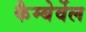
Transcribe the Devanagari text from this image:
कैम्बेर्वेल